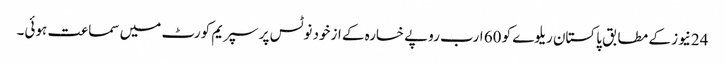
24نیوز کے مطابق پاکستان ریلوے کو 60 ارب روپے خسارہ کے ازخود نوٹس پر سپریم کورٹ میں سماعت ہوئی۔